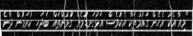
"މިއާ އެކު އެހެން ގައުމުތަކާ އެކުވެސް އަޅުގަނޑުމެން ގުޅުންތައް ބަދަހި ކުރަމުން ދާނެ.